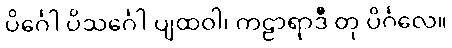
ပိင်္ဂေါ ပိသင်္ဂေါ ပျထဝါ၊ ကဠာရာဒီ တု ပိင်္ဂလေ။